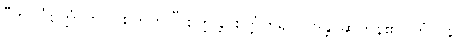
“ဘဝင်္ဂစိတ္တံ၊ ဘဝင်စိတ်ကို။” စိတ္တန္တိ၊ စိတ္တံဟူ၍။ ဝဒန္တိ၊ ဆိုကုန်၏။ တံ ပန၊